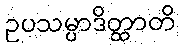
ဥပသမ္ပာဒိတ္ထာတိ